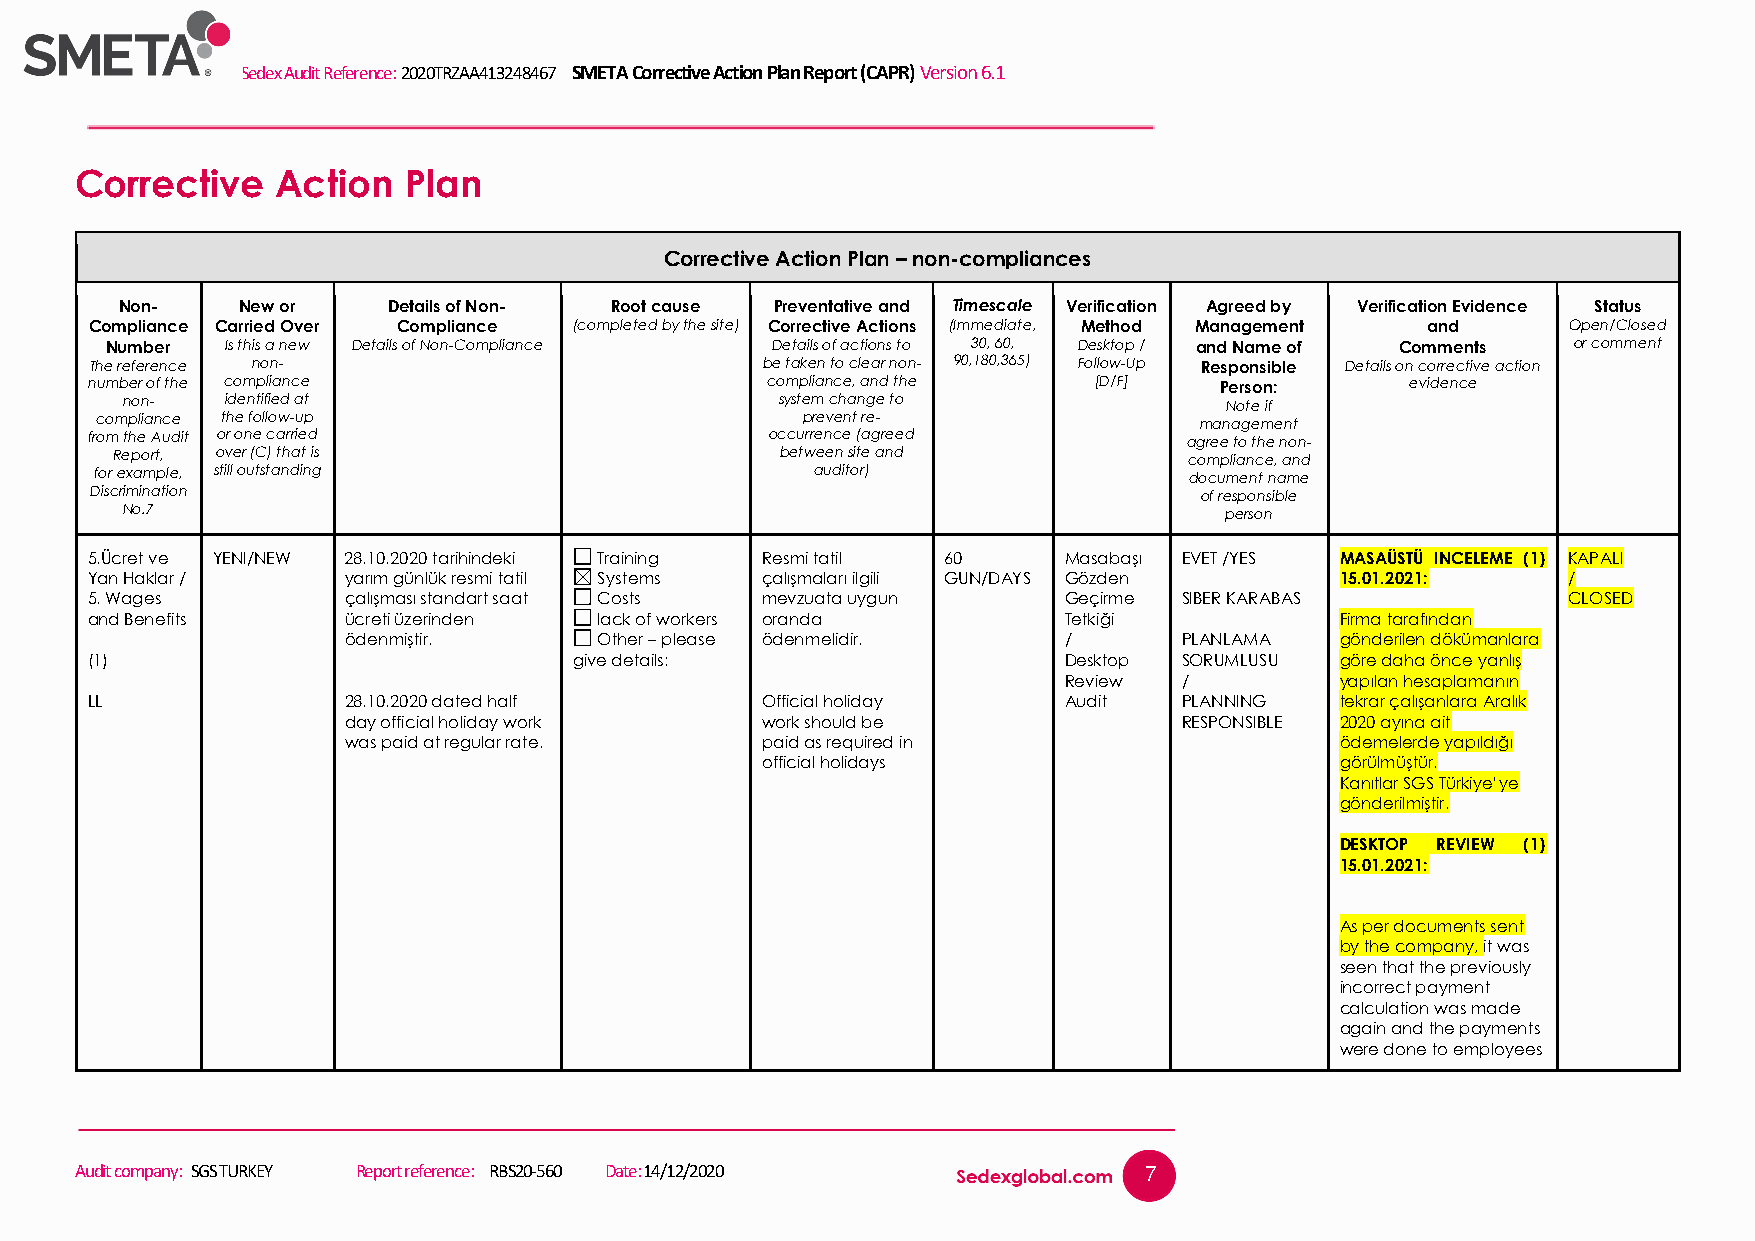
Sedex Audit Reference: 2020TRZAA413248467 SMETA Corrective Action Plan Report (CAPR) Version 6.1
 Corrective   Action   Plan
 Corrective Action Plan – non-compliances
 Non-    New or    Details of Non- Root cause Preventative and Timescale Verification Agreed by Verification Evidence Status
 Compliance Carried Over Compliance (completed by the site) Corrective Actions (Immediate, Method Management and Open/Closed
 Number  Is this a new Details of Non-Compliance Details of actions to 30, 60, Desktop / and Name of Comments or comment
 The reference non-                          be taken to clear non- 90,180,365) Follow-Up Responsible Details on corrective action
 number of the compliance                     compliance, and the  [D/F]    Person:     evidence
 non-   identified at                        system change to             Note if
 compliance the follow-up                       prevent re-               management
 from the Audit or one carried                occurrence (agreed          agree to the non-
 Report, over (C) that is                     between site and           compliance, and
 for example, still outstanding                  auditor)                 document name
 Discrimination                                                           of responsible
 No.7                                                                     person
 5.Ücret ve YENI/NEW 28.10.2020 tarihindeki Training Resmi tatil 60 Masabaşı EVET /YES MASAÜSTÜ INCELEME (1) KAPALI
 Yan Haklar /     yarım günlük resmi tatil Systems çalışmaları ilgili GUN/DAYS Gözden 15.01.2021:  /
 5. Wages         çalışması standart saat Costs mevzuata uygun   Geçirme SIBER KARABAS             CLOSED
 and Benefits     ücreti üzerinden lack of workers oranda        Tetkiği            Firma tarafından
 ödenmiştir.      Other – please ödenmelidir.   /       PLANLAMA   gönderilen dökümanlara
 (1)                             give details:                   Desktop SORUMLUSU  göre daha önce yanlış
 Review  /          yapılan hesaplamanın
 LL               28.10.2020 dated half      Official holiday    Audit   PLANNING   tekrar çalışanlara Aralık
 day official holiday work  work should be              RESPONSIBLE 2020 ayına ait
 was paid at regular rate.  paid as required in                    ödemelerde yapıldığı
 official holidays                      görülmüştür.
 Kanıtlar SGS Türkiye’ye
 gönderilmiştir.
 DESKTOP REVIEW (1)
 15.01.2021:
 As per documents sent
 by the company, it was
 seen that the previously
 incorrect payment
 calculation was made
 again and the payments
 were done to employees
 Audit company: SGS TURKEY Report reference: RBS20-560 Date: 14/12/2020 7